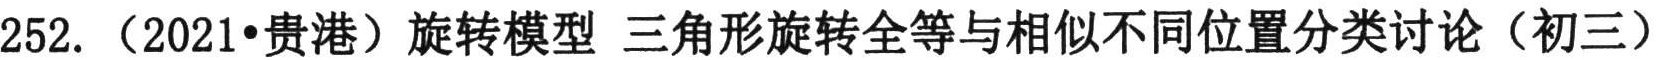
252. （2021•贵港）旋转模型 三角形旋转全等与相似不同位置分类讨论（初三）